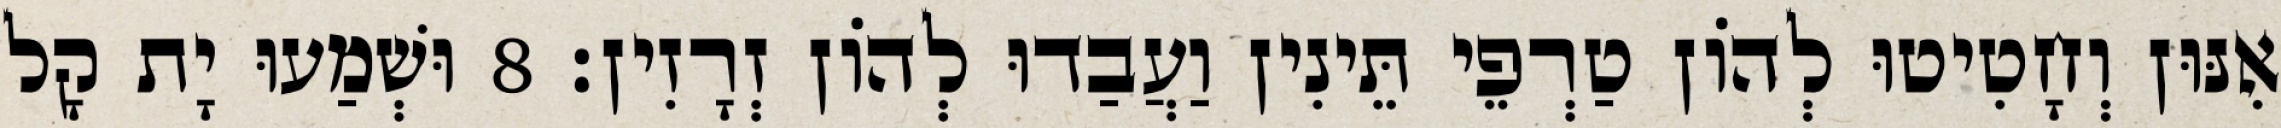
אִנּוּן וְחָטִיטוּ לְהוֹן טַרְפֵי תֵּינִין וַעֲבַדוּ לְהוֹן זְרָזִין׃ 8 וּשְׁמַעוּ יָת קָל